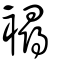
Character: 襑